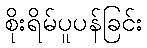
စိုးရိမ်ပူပန်ခြင်း